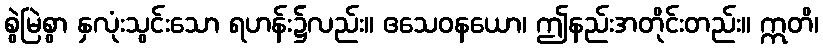
စွဲမြဲစွာ နှလုံးသွင်းသော ရဟန်း၌လည်း။ ဧသေဝနယော၊ ဤနည်းအတိုင်းတည်း။ ဣတိ၊